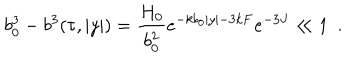
LaTeX: b _ { 0 } ^ { 3 } - b ^ { 3 } ( \tau , | y | ) = \frac { H _ { 0 } } { b _ { 0 } ^ { 2 } } e ^ { - k b _ { 0 } | y | - 3 k F } e ^ { - 3 J } \ll 1 ~ ~ .